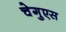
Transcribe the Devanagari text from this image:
चेगुएस